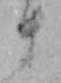
ま